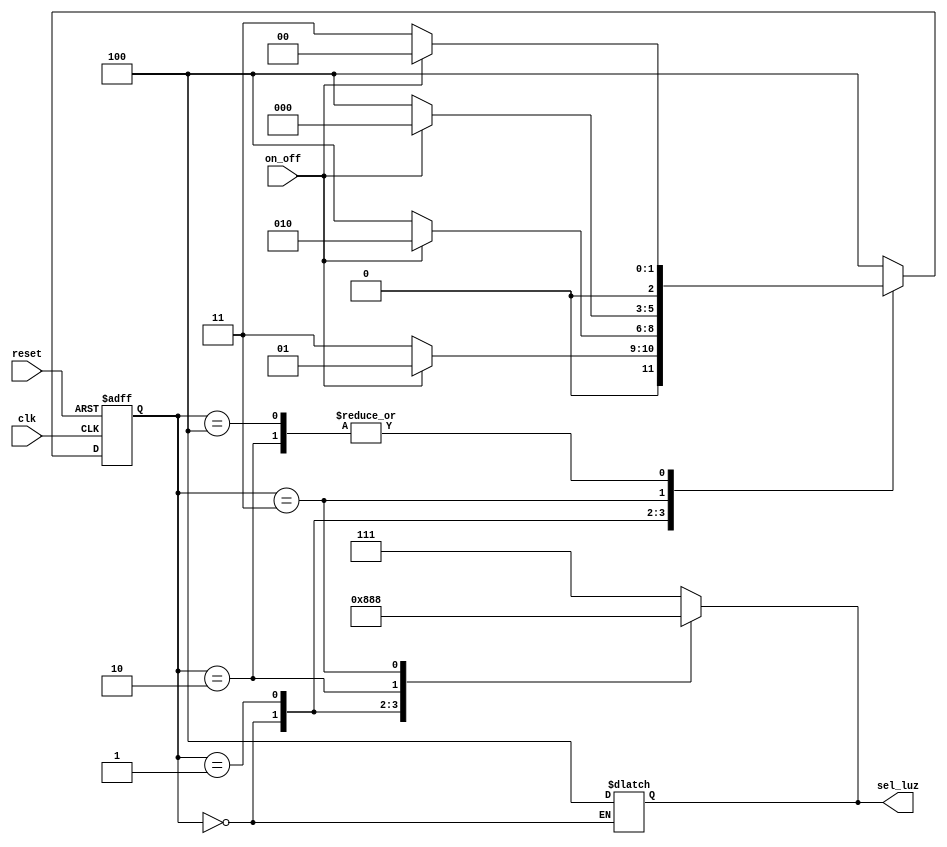
`timescale 1ns / 1ps
//////////////////////////////////////////////////////////////////////////////////
// Company: 
// Engineer: 
// 
// Design Name: 
// Module Name:    Ejemplo 
// Project Name: 
// Target Devices: 
// Tool versions: 
// Description: 
//
// Dependencies: 
//
// Revision: 
// Revision 0.01 - File Created
// Additional Comments: 
//
//////////////////////////////////////////////////////////////////////////////////
module Ejemplo(
    input clk,
    input reset,
    input on_off,
    output reg [2:0] sel_luz
    );


//Declaracin de estados
localparam [2:0] VERDE = 3'b000,
					  AMARILLO = 3'b001,
					  ROJO = 3'b010,
					  OFF_A = 3'b011,
					  ONALL = 3'b100;
						 
//Declaracin de seales (las utilizare para el elemento de memoria por lo tanto son tipo REGISTRO)
reg[2:0] current_state, next_state;
						
						
//Registro de estado (Memoria)
always @(negedge clk, negedge reset)
begin
	//Si se resetea se pone verde.
	if(~reset)
		current_state <= VERDE;
	//Cada vez que viene un clock se actualiza el estado al proximo.
	else
		current_state <= next_state;
end

//Logica de salida
//Maquina de estado de moore solo depende del estado en el que me encuentro.
//si fuera de mealy tendria en cuenta las entradas.
//El  always * entra cada vez que cambian las senales que tengo adentro del bloque always, en este caso
//solo entra cuando cambia current_state
always @*
	begin
		case(current_state)
			VERDE:
					begin
						sel_luz = 3'b100; //Luz verde  
					end
			AMARILLO:
					begin
						sel_luz = 3'b010; //Luz amarilla
					end
			ROJO:
					begin
						sel_luz = 3'b001; //Luz roja
					end
			OFF_A:
					begin
						sel_luz = 3'b000; //Todas las luces apagadas
					end
			ONALL:
					begin
						sel_luz = 3'b111; //Todas las luces encendidas
					end
			default:
					begin
						sel_luz = 3'b111; //En caso de un estado invalido, el semaforo pasara a Todas las luces encendidas
					end
		endcase
	end//always de logica de salida
	

//Logica de cambio de estado
always @*
	begin
		//Puedo poner el estado por default al principio para evitar toda lea logica del estado default
		//Si ingresa a un case correcto se sobreescribe y no hay problema. Evitando la necesidad
		//de tener definido el default.
		next_state = ONALL; //En caso de un estado invalido, el semaforo pasa a la secuencia de alternar luces
		case(current_state)
			VERDE:
				begin
					//Como son combinacionales puedo poner aca lo del always anterior
					//para optimizar mas.
					sel_luz = 3'b100;
					if(~on_off)
						next_state = OFF_A;
					else
						next_state = AMARILLO;
				end
			AMARILLO:
				begin
					if(~on_off)
						next_state = ONALL;
					else
						next_state = ROJO;
				end
			ROJO:
				begin
					if(~on_off)
						next_state = OFF_A;
					else
						next_state = VERDE;
				end
			OFF_A:
				begin
					if(~on_off)
						next_state = ONALL;
					else
						next_state = VERDE;
				end
			ONALL:
				begin
					if(~on_off)
						next_state = OFF_A;
					else
						next_state = VERDE;
				end
			default:
					begin
						next_state = ONALL; //En caso de un estado invalido, el semaforo pasa a la secuencia de alternar luces
					end
		endcase
	end //always de logica cambio de estado
endmodule //fin del modulo